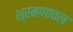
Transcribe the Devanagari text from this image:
श्रमणाचल